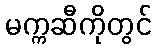
မက္ကဆီကိုတွင်